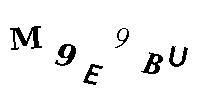
M9E9BU